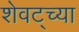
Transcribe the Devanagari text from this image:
शेवट्च्या